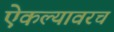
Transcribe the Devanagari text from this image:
ऐकल्यावरच